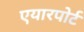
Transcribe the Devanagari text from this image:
एयारपोर्ट